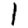
Digit: 1